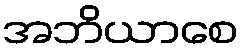
အဘိယာစေ